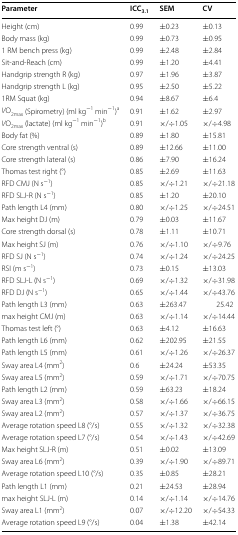
<table><thead><tr><td><b>Parameter</b></td><td><b>ICC<sub>3.1</sub></b></td><td><b>SEM</b></td><td><b>CV</b></td></tr></thead><tbody><tr><td>Height (cm)</td><td>0.99</td><td>±0.23</td><td>±0.13</td></tr><tr><td>Body mass (kg)</td><td>0.99</td><td>±0.73</td><td>±0.95</td></tr><tr><td>1 RM bench press (kg)</td><td>0.99</td><td>±2.48</td><td>±2.84</td></tr><tr><td>Sit-and-Reach (cm)</td><td>0.99</td><td>±1.20</td><td>±4.41</td></tr><tr><td>Handgrip strength R (kg)</td><td>0.97</td><td>±1.96</td><td>±3.87</td></tr><tr><td>Handgrip strength L (kg)</td><td>0.95</td><td>±2.50</td><td>±5.22</td></tr><tr><td>1RM Squat (kg)</td><td>0.94</td><td>±8.67</td><td>±6.4</td></tr><tr><td><i>V</i>O<sub>2max</sub> (Spirometry) (ml kg<sup>−1</sup> min<sup>−1</sup>)<sup>a</sup></td><td>0.91</td><td>±1.62</td><td>±2.97</td></tr><tr><td><i>V</i>O<sub>2max</sub> (lactate) (ml kg<sup>−1</sup> min<sup>−1</sup>)<sup>b</sup></td><td>0.91</td><td>×/÷1.05</td><td>×/÷4.98</td></tr><tr><td>Body fat (%)</td><td>0.89</td><td>±1.80</td><td>±15.81</td></tr><tr><td>Core strength ventral (s)</td><td>0.89</td><td>±12.66</td><td>±11.00</td></tr><tr><td>Core strength lateral (s)</td><td>0.86</td><td>±7.90</td><td>±16.24</td></tr><tr><td>Thomas test right (°)</td><td>0.85</td><td>±2.69</td><td>±11.63</td></tr><tr><td>RFD CMJ (N s<sup>−1</sup>)</td><td>0.85</td><td>×/÷1.21</td><td>×/÷21.18</td></tr><tr><td>RFD SLJ-R (N s<sup>−1</sup>)</td><td>0.85</td><td>±1.20</td><td>±20.10</td></tr><tr><td>Path length L4 (mm)</td><td>0.80</td><td>×/÷1.25</td><td>×/÷24.51</td></tr><tr><td>Max height DJ (m)</td><td>0.79</td><td>±0.03</td><td>±11.67</td></tr><tr><td>Core strength dorsal (s)</td><td>0.78</td><td>±1.11</td><td>±10.71</td></tr><tr><td>Max height SJ (m)</td><td>0.76</td><td>×/÷1.10</td><td>×/÷9.76</td></tr><tr><td>RFD SJ (N s<sup>−1</sup>)</td><td>0.74</td><td>×/÷1.24</td><td>×/÷24.25</td></tr><tr><td>RSI (m s<sup>−1</sup>)</td><td>0.73</td><td>±0.15</td><td>±13.03</td></tr><tr><td>RFD SLJ-L (N s<sup>−1</sup>)</td><td>0.69</td><td>×/÷1.32</td><td>×/÷31.98</td></tr><tr><td>RFD DJ (N s<sup>−1</sup>)</td><td>0.65</td><td>×/÷1.44</td><td>×/÷43.76</td></tr><tr><td>Path length L3 (mm)</td><td>0.63</td><td>±263.47</td><td>25.42</td></tr><tr><td>max height CMJ (m)</td><td>0.63</td><td>×/÷1.14</td><td>×/÷14.44</td></tr><tr><td>Thomas test left (°)</td><td>0.63</td><td>±4.12</td><td>±16.63</td></tr><tr><td>Path length L6 (mm)</td><td>0.62</td><td>±202.95</td><td>±21.55</td></tr><tr><td>Path length L5 (mm)</td><td>0.61</td><td>×/÷1.26</td><td>×/÷26.37</td></tr><tr><td>Sway area L4 (mm<sup>2</sup>)</td><td>0.6</td><td>±24.24</td><td>±53.35</td></tr><tr><td>Sway area L5 (mm<sup>2</sup>)</td><td>0.59</td><td>×/÷1.71</td><td>×/÷70.75</td></tr><tr><td>Path length L2 (mm)</td><td>0.59</td><td>±63.23</td><td>±18.24</td></tr><tr><td>Sway area L3 (mm<sup>2</sup>)</td><td>0.58</td><td>×/÷1.66</td><td>×/÷66.15</td></tr><tr><td>Sway area L2 (mm<sup>2</sup>)</td><td>0.57</td><td>×/÷1.37</td><td>×/÷36.75</td></tr><tr><td>Average rotation speed L8 (°/s)</td><td>0.55</td><td>×/÷1.32</td><td>×/÷32.38</td></tr><tr><td>Average rotation speed L7 (°/s)</td><td>0.54</td><td>×/÷1.43</td><td>×/÷42.69</td></tr><tr><td>Max height SLJ-R (m)</td><td>0.51</td><td>±0.02</td><td>±13.09</td></tr><tr><td>Sway area L6 (mm<sup>2</sup>)</td><td>0.39</td><td>×/÷1.90</td><td>×/÷89.71</td></tr><tr><td>Average rotation speed L10 (°/s)</td><td>0.35</td><td>±0.85</td><td>±28.21</td></tr><tr><td>Path length L1 (mm)</td><td>0.21</td><td>±24.53</td><td>±28.94</td></tr><tr><td>max height SLJ-L (m)</td><td>0.14</td><td>×/÷1.14</td><td>×/÷14.76</td></tr><tr><td>Sway area L1 (mm<sup>2</sup>)</td><td>0.07</td><td>×/÷12.20</td><td>×/÷54.33</td></tr><tr><td>Average rotation speed L9 (°/s)</td><td>0.04</td><td>±1.38</td><td>±42.14</td></tr></tbody></table>